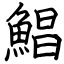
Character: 鯧